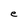
Character: e